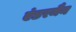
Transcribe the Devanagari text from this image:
एंडरमैन